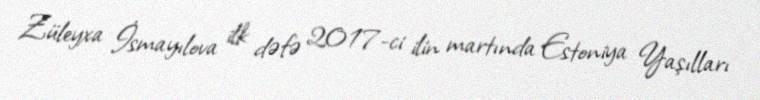
Züleyxa İsmayılova ilk dəfə 2017-ci ilin martında Estoniya Yaşılları